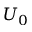
U _ { 0 }